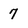
Character: 7